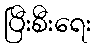
ပြီးစီးရေး